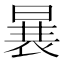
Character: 𱢒